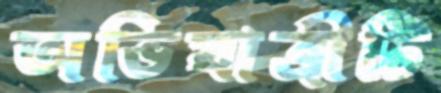
অভিযাত্রীটি